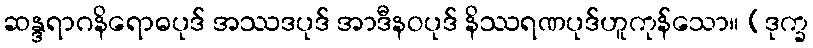
ဆန္ဒရာဂနိရောဓပုဒ် အဿဒပုဒ် အာဒီနဝပုဒ် နိဿရဏပုဒ်ဟူကုန်သော။ (ဒုက္ခ